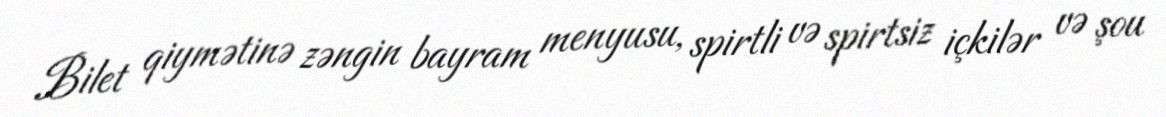
Bilet qiymətinə zəngin bayram menyusu, spirtli və spirtsiz içkilər və şou